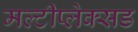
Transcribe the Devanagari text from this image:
मल्टीप्लेक्सड